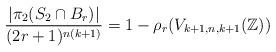
LaTeX: \begin{align*} \dfrac{ | \pi_{2}( S_{2} \cap B_r) | }{(2r+1)^{n(k+1)}} = 1 - \rho_{r}(V_{k+1, n, k+1}(\mathbb{Z}))\end{align*}